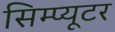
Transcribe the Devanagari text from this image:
सिम्प्यूटर